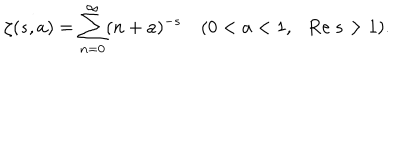
\zeta ( s , a ) = \sum _ { n = 0 } ^ { \infty } ( n + a ) ^ { - s } ~ ( 0 < a < 1 , \mathrm { R e } ~ s > 1 ) .